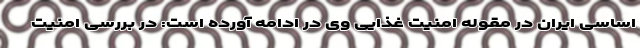
اساسی ایران در مقوله امنیت غذایی وی در ادامه آورده است: در بررسی امنیت